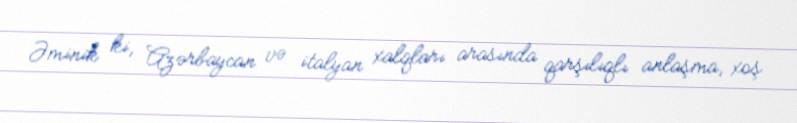
Əminik ki, Azərbaycan və italyan xalqları arasında qarşılıqlı anlaşma, xoş